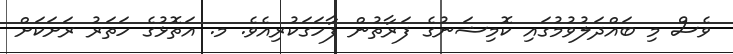
ވެސް މި ބައްދަލުވުމުގައި ކޮމިޝަނުގެ ފަރާތުން ފާހަގަކުރިއެވެ. މ. އަތޮޅުގެ ހަތަރު ރަށަކަށް